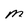
Character: M